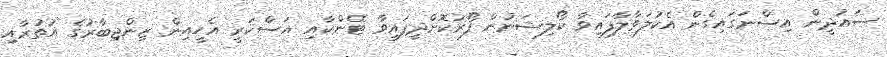
ސައުދީން އިސްނަގައިގެން އެކުލަވާލާފައިވާ ކޯލިޝަނުން ފޯރުކޮށްދީފައިވާ ޓޭންކާއި އަސްކަރީ އެހީއިން ޒިންޖިބާރުގެ އުތުރާއި